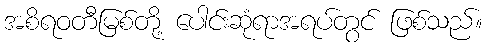
အစိရဝတီမြစ်တို့ ပေါင်းဆုံရာအရပ်တွင် ဖြစ်သည်။